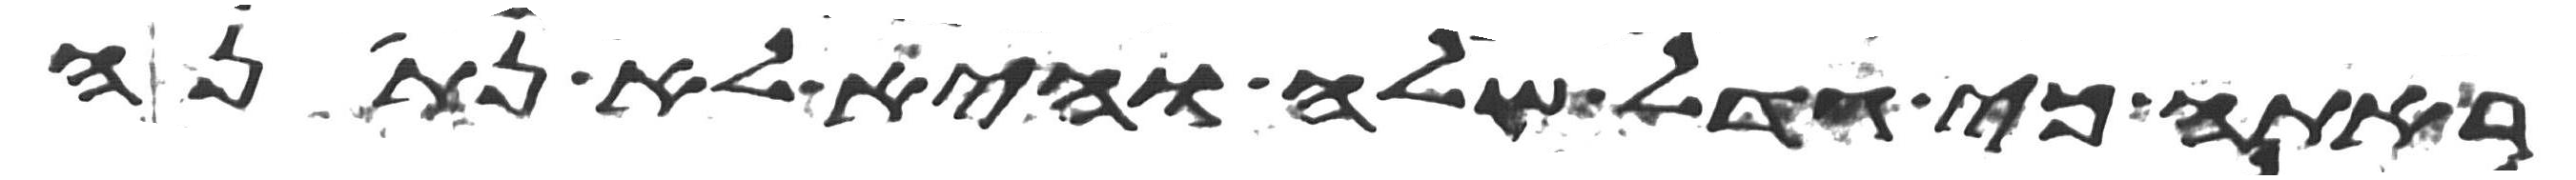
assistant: ראתה כי גדל שלה והיא לא נתנה